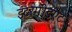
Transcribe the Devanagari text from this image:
इंटरमीडएट